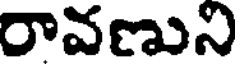
రావణుని